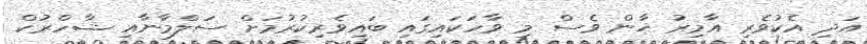
އަދި އެކުވެރި އާމިރު ޚާން ވެސް މި ވާހަކައިގައި ބައިވެރިކުރުމަށް ސަލްމާނާއި ޝާހްރުކް